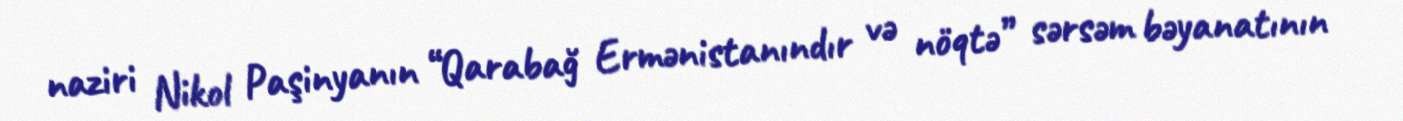
naziri Nikol Paşinyanın “Qarabağ Ermənistanındır və nöqtə” sərsəm bəyanatının